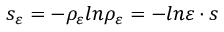
s _ { \varepsilon } = - \rho _ { \varepsilon } l n \rho _ { \varepsilon } = - l n \varepsilon \cdot s